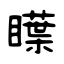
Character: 瞸